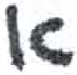
אות: א